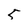
Character: 5